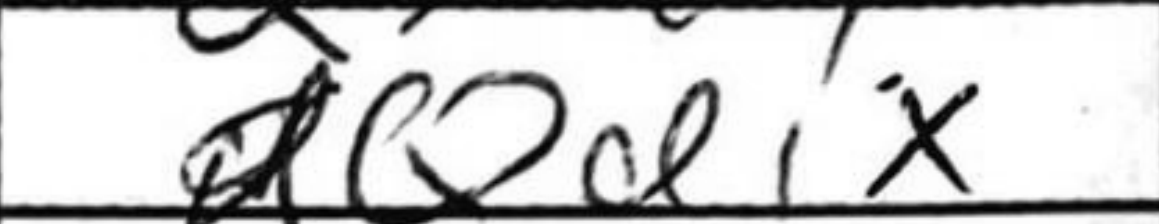
Transcription: Qd1x